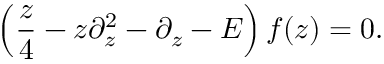
\left( { \frac { z } { 4 } } - z \partial _ { z } ^ { 2 } - \partial _ { z } - E \right) f ( z ) = 0 .